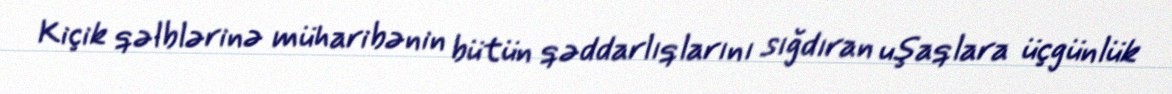
Kiçik qəlblərinə müharibənin bütün qəddarlıqlarını sığdıran uşaqlara üçgünlük